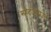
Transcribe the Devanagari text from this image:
स्पोर्टअबाउट